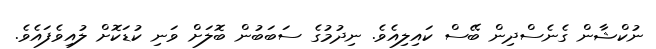
ނުކްޝާން ގެނެސްދިން ބޭސް ކައިލިއެވެ. ނިދުމުގެ ސަބަބުން ބޮލަށް ވަނި ކުޑަކޮށް ލުއިވެފައެވެ.